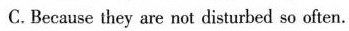
C.Because they are not disturbed so often.